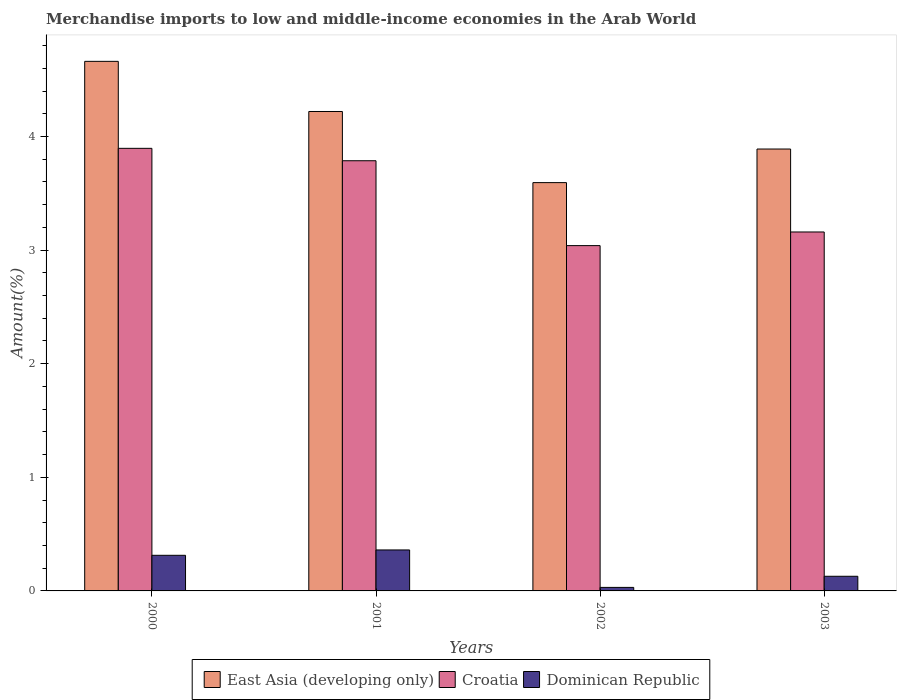
| Years | East Asia (developing only) | Croatia | Dominican Republic |
 | --- | --- | --- | --- |
 | 2000 | 4.66 | 3.9 | 0.313 |
 | 2001 | 4.22 | 3.79 | 0.361 |
 | 2002 | 3.59 | 3.04 | 0.0311 |
 | 2003 | 3.89 | 3.16 | 0.129 |